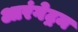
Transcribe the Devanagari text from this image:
आरंगेट्रम